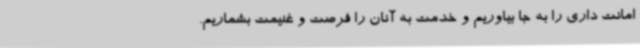
امانت داری را به جا بیاوریم و خدمت به آنان را فرصت و غنیمت بشماریم.